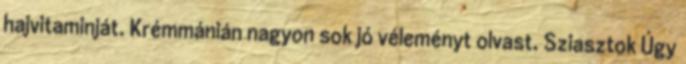
hajvitaminját. Krémmánián nagyon sok jó véleményt olvast. Sziasztok Úgy